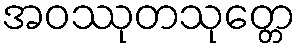
အဝဿုတသုတ္တေ